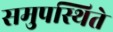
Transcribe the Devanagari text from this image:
समुपस्थिते